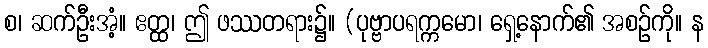
စ၊ ဆက်ဦးအံ့။ ဧတ္ထ၊ ဤ ဖဿတရား၌။ (ပုဗ္ဗာပရက္ကမော၊ ရှေ့နောက်၏ အစဉ်ကို။ န